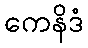
ကေနိဒံ